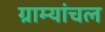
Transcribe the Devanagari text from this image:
ग्राम्यांचल